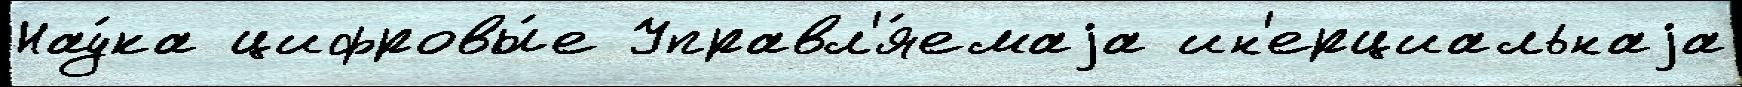
Нау́ка цифровы́е Управл'я́емаjа ин'ерциальнаjа